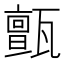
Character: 𤮜